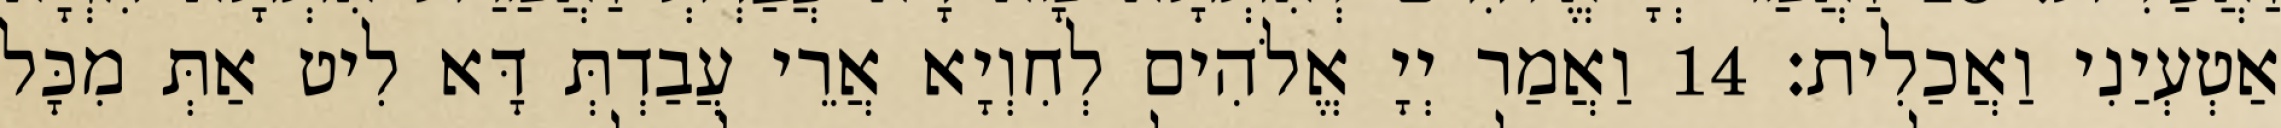
אַטְעְיַנִי וַאֲכַלִית׃ 14 וַאֲמַר יְיָ אֱלֹהִים לְחִוְיָא אֲרֵי עֲבַדְתְּ דָּא לִיט אַתְּ מִכָּל